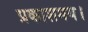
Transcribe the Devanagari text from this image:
प्रकाशमय।